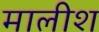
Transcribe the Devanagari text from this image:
मालीश